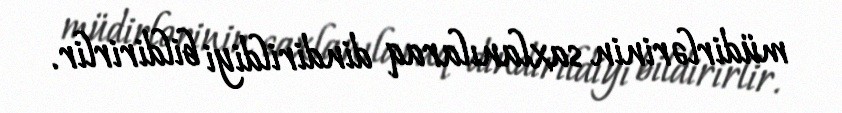
müdirlərinin saxlanılaraq dindirildiyi bildirirlir.